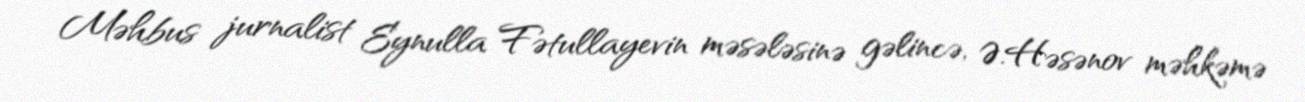
Məhbus jurnalist Eynulla Fətullayevin məsələsinə gəlincə, Ə.Həsənov məhkəmə